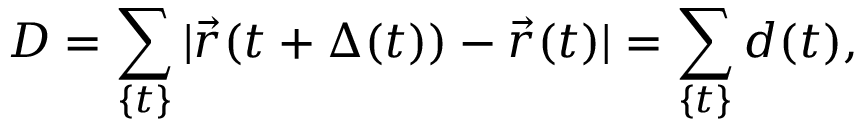
D = \sum _ { \{ t \} } | \vec { r } ( t + \Delta ( t ) ) - \vec { r } ( t ) | = \sum _ { \{ t \} } d ( t ) ,